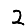
Digit: 2